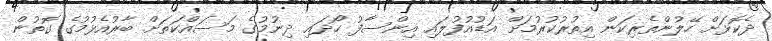
ދެކޮޅަށް ހޭލުންތެރިކަން އިތުރުކުރުމަށް އަޑުއުފުލައި އިންސާފު ހޯދައި ދިނުމުގެ މަސައްކަތަށް ބާރުއެޅުމުގެ ގޮތުން